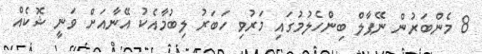
8 މެންބަރުން ނޭޕާލް ބިންހެލުމުގައި މަރުވި ހަބަރު ލިބުމާއެކު އޭނާއަށް ވަނީ ޝޮކެއް